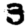
Digit: 3